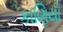
કાણિયો